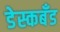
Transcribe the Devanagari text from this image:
डेस्कबँड